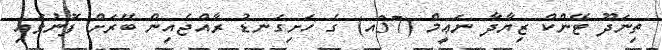
ތިނަދޫ ޓޭންކް ޒިޔާދާ ނަޢީމް (37އ) ގެ ހަށިގަނޑު ރާއްޖެއިން ބޭރަށް ފޮނުވައި